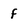
Character: f